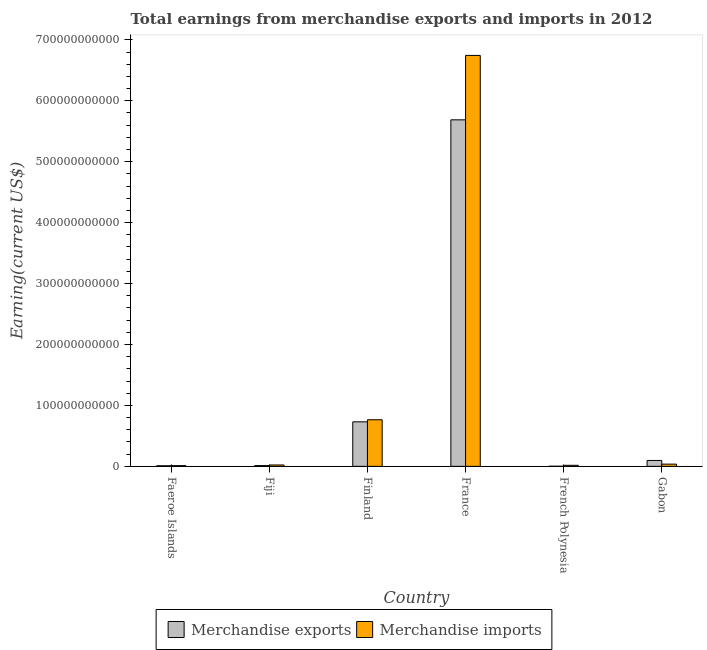
| Country | Merchandise exports | Merchandise imports |
 | --- | --- | --- |
 | Faeroe Islands | 9.52e+08 | 1.15e+09 |
 | Fiji | 1.22e+09 | 2.25e+09 |
 | Finland | 7.31e+10 | 7.65e+10 |
 | France | 5.69e+11 | 6.74e+11 |
 | French Polynesia | 1.39e+08 | 1.71e+09 |
 | Gabon | 9.66e+09 | 3.63e+09 |